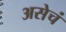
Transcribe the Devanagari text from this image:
असेचं